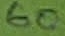
Text: 60